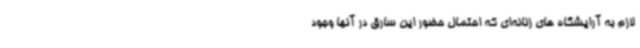
لازم به آرایشگاه های زنانه‌ای که احتمال حضور این سارق در آنها وجود